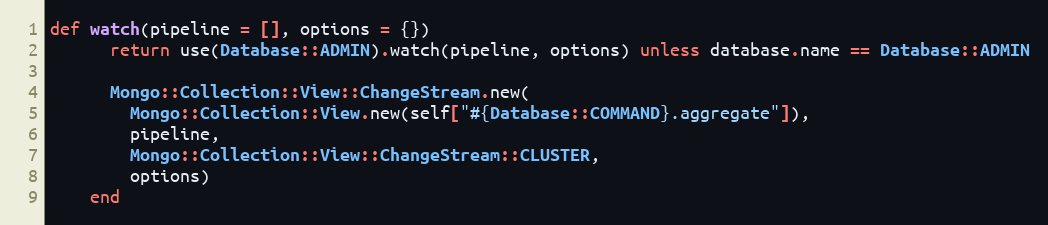
Language: Ruby
def watch(pipeline = [], options = {})
      return use(Database::ADMIN).watch(pipeline, options) unless database.name == Database::ADMIN

      Mongo::Collection::View::ChangeStream.new(
        Mongo::Collection::View.new(self["#{Database::COMMAND}.aggregate"]),
        pipeline,
        Mongo::Collection::View::ChangeStream::CLUSTER,
        options)
    end